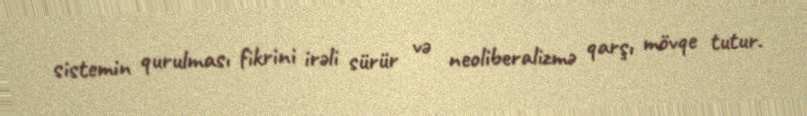
sistemin qurulması fikrini irəli sürür və neoliberalizmə qarşı mövqe tutur.